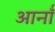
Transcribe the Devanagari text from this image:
आर्नॉ